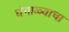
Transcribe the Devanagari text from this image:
घंगाळ्याचा